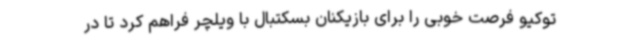
توکیو فرصت خوبی را برای بازیکنان بسکتبال با ویلچر فراهم کرد تا در